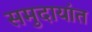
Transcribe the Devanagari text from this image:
समुदायांत